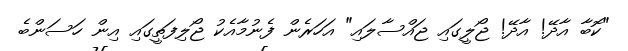
"ކޮބާ އާދޭ! އާދޭ! ޖޯލީގައި ޖައްސާލައި" އަހަރެން ފެނުމާއެކު ޖޯލިފަތީގައި އިން ހަސަންބެ